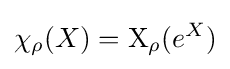
\chi _{\rho }(X)=\mathrm {X} _{\rho }(e^{X})